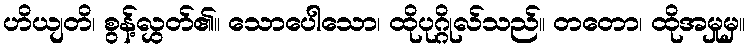
ဟိယျတိ၊ စွန့်လွှတ်၏။ သောပေါသော၊ ထိုပုဂ္ဂိုလ်သည်။ တတော၊ ထိုအမှုမှ။